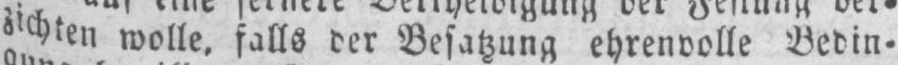
zichten wolle, falls der Besatzung ehrenvolle Bedin⸗